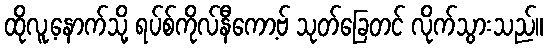
ထိုလူ့နောက်သို့ ရပ်စ်ကိုလ်နီကော့ဗ် သုတ်ခြေတင် လိုက်သွားသည်။